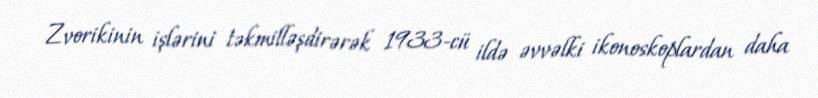
Zvorikinin işlərini təkmilləşdirərək 1933‐cü ildə əvvəlki ikonoskoplardan daha